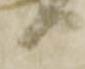
る